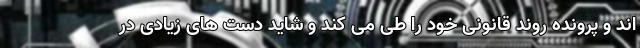
اند و پرونده روند قانونی خود را طی می کند و شاید دست های زیادی در